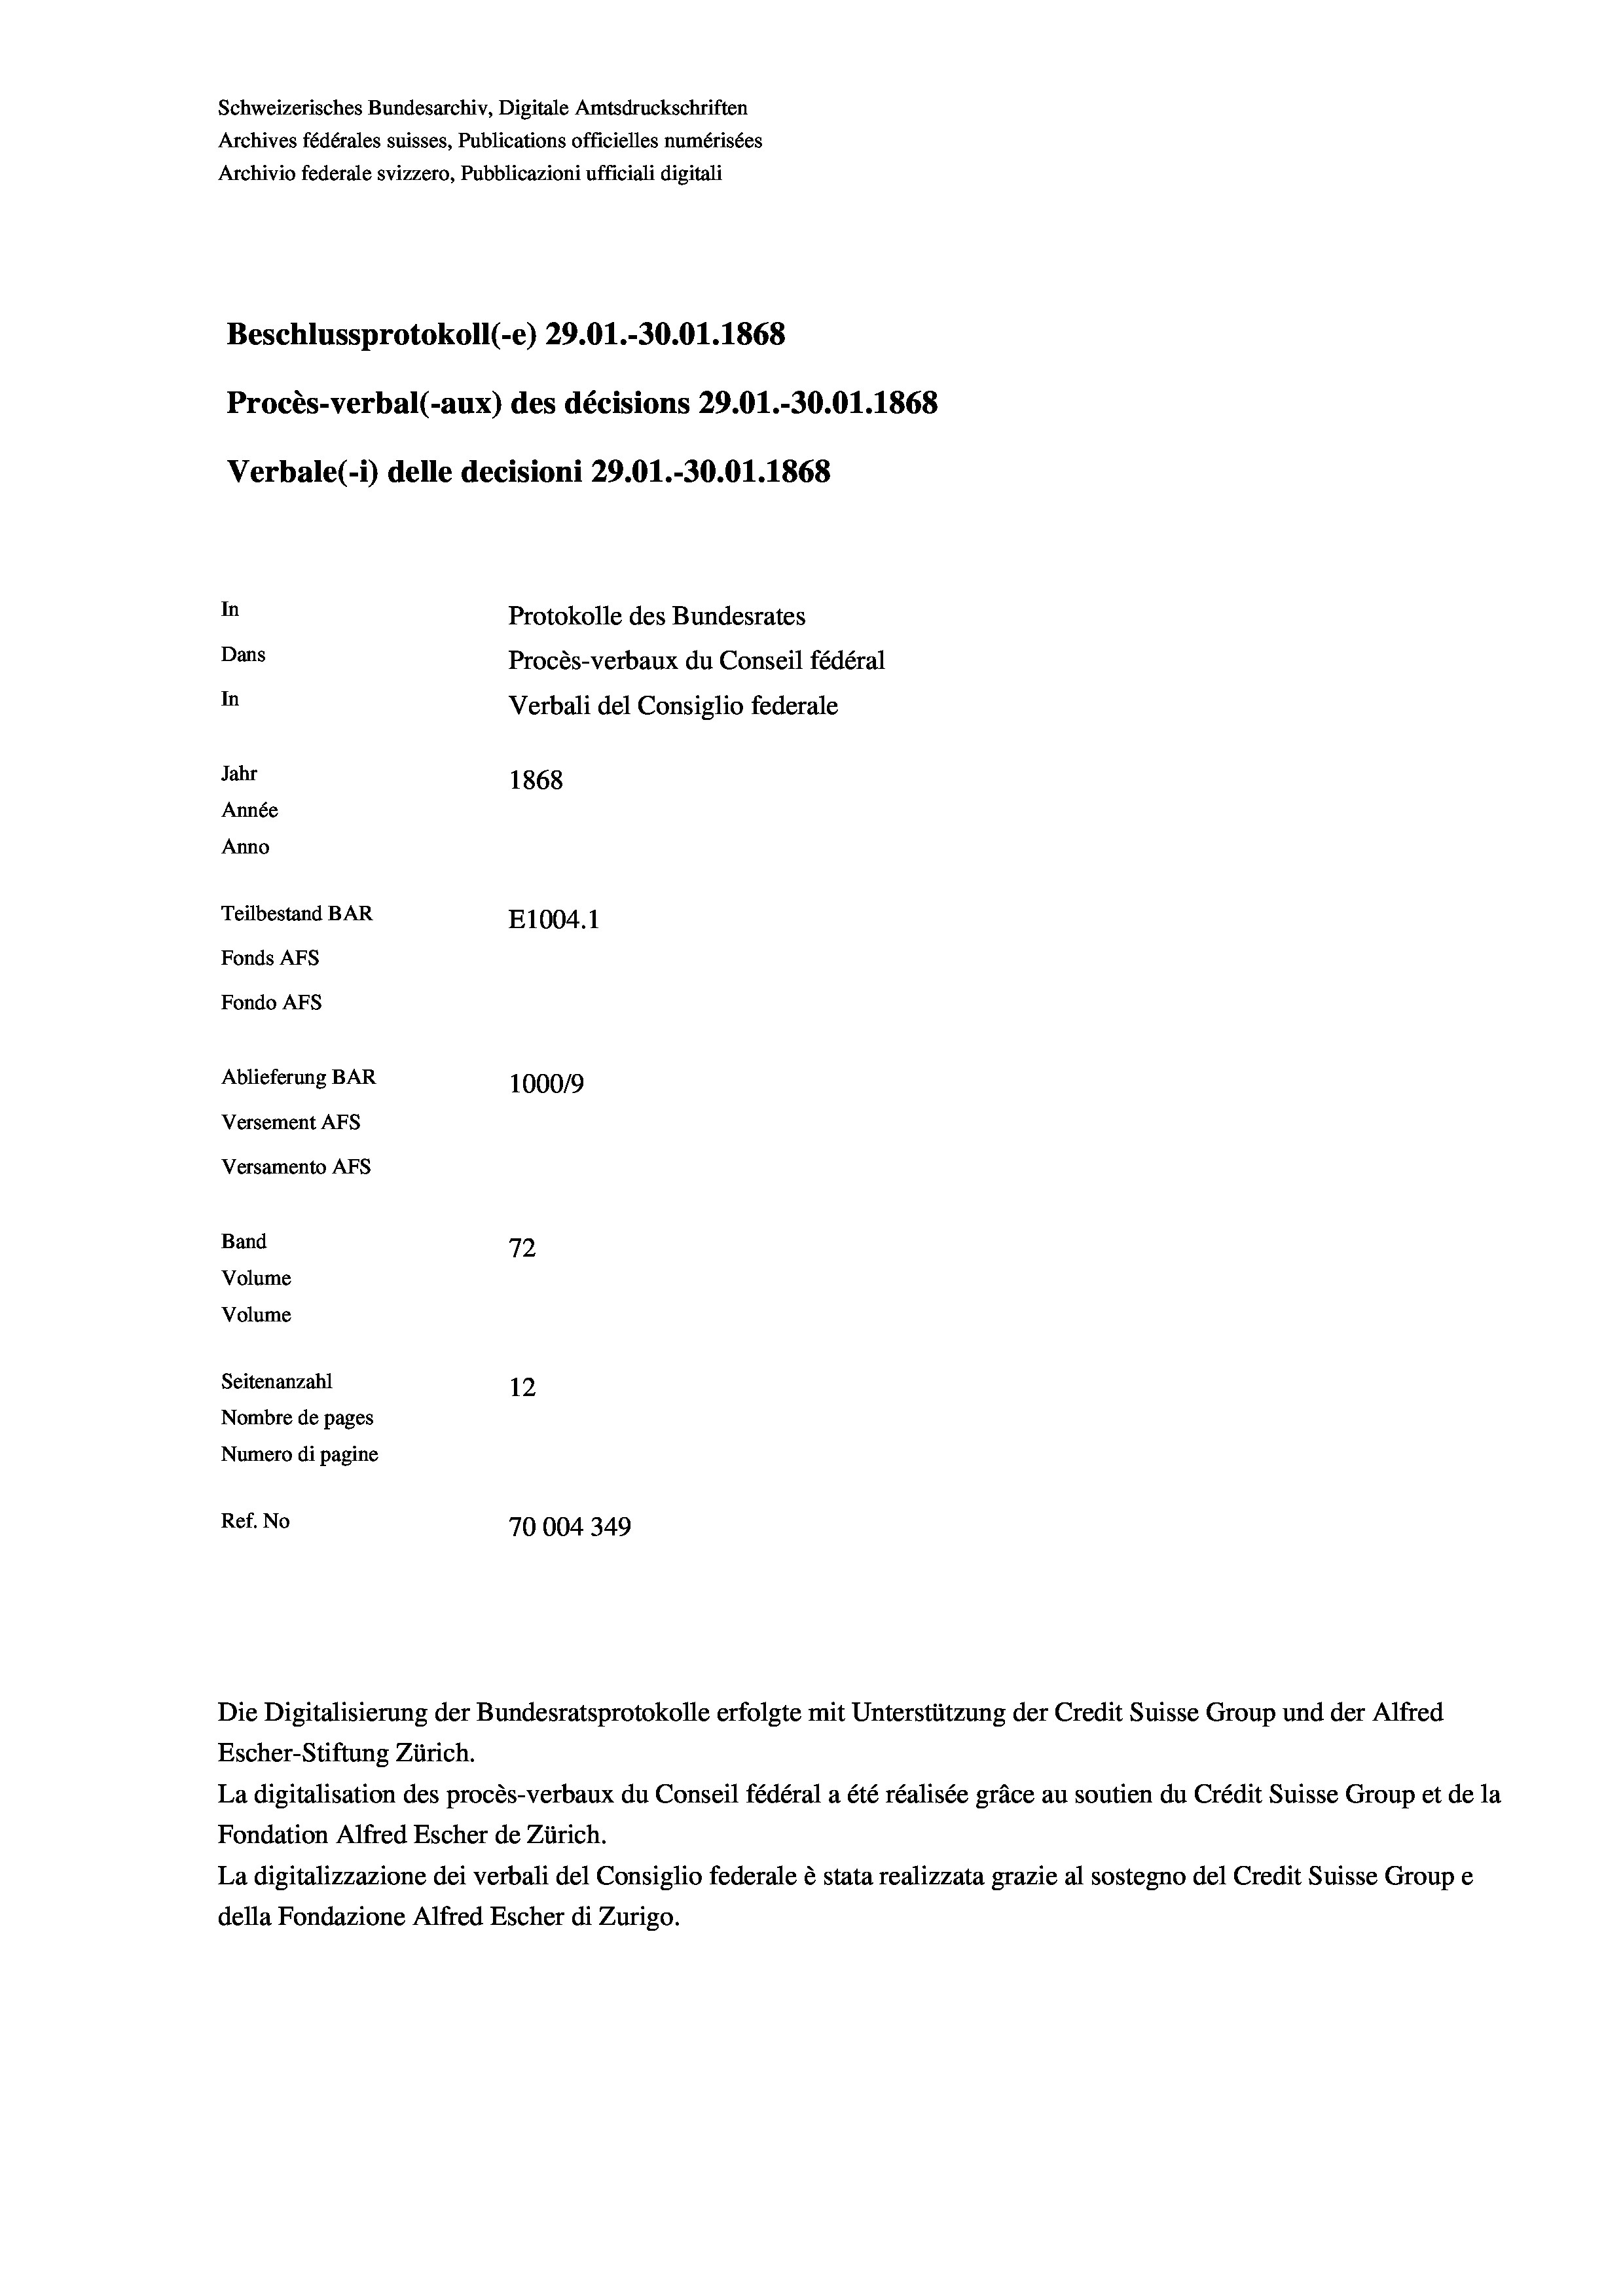
Schweizerisches Bundesarchiv, Digitale Amtsdruckschriften
Archives fédérales suisses, Publications officielles numérisées
Archivio federale svizzero, Pubblicazioni ufficiali digitali
Beschlussprotokoll (-e) 29.01.-30.01. 1868
Procès-verbal (-aux) des décisions 29.01.-30.01. 1868
Verbale(-*) delle decisioni 29.01.-30.01. 1868
In
Protokolle des Bundesrates
Dans
Procès-verbaux du Conseil fédéral
In
Verbali del Consiglio federale
Jahr
1868
Année
Anno
Teilbestand BAR
E1004. 1
Fonds AFs
Fondo Afs
Ablieferung BAR
100019
Versement AFs
Versamento AFs
Band
72
Volume
Volume
Seitenanzahl
12
Nombre de pages
Numero di pagine
Ref. No
70004349

Escher-Stiftung Zürich.
La digitalisation des procès-verbaux du Conseil fédéral a été réalisée gräce au soutien du Crédit Suisse Group et de la
Fondation Alfred Escher de Zürich.
La digitalizzazione dei verbali del Consiglio federale è stata realizzata grazie al sostegno del Credit Suisse Groupe
della Fondazione Alfred Escher di Zurigo.

Die Digitalisierung der Bundesratsprotokolle erfolgte mit Unterstützung der Credit Suisse Group und der Alfred